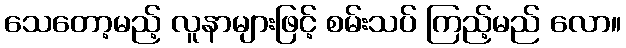
သေတော့မည့် လူနာများဖြင့် စမ်းသပ် ကြည့်မည် လော။